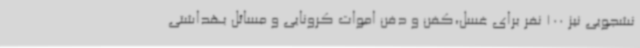
نشجویی نیز 100 نفر برای غسل،کفن و دفن اموات کرونایی و مسائل بهداشتی